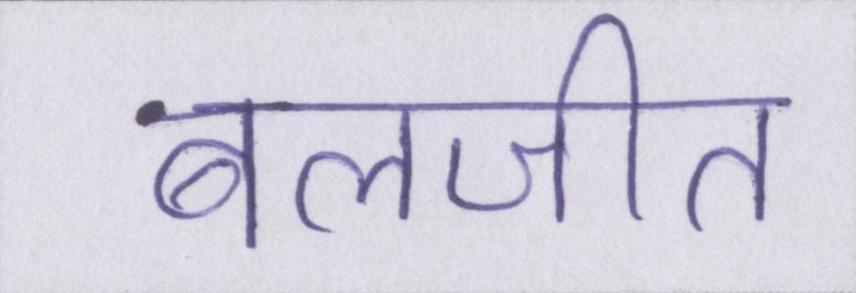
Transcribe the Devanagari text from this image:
बलजीत